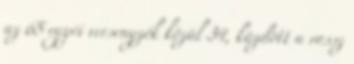
az 65 egyéi versenyzők közül 34, küzdött a rossz